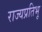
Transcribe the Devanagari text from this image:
राज्यप्रतिभू